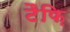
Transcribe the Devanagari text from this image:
टैफ़ि